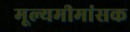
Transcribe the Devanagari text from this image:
मूल्यमीमांसक